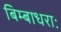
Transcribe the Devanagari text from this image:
बिम्बाधराः